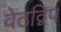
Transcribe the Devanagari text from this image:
वेठद्विप